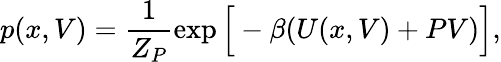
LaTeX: p(x,V)=\frac{1}{Z_{P}}\exp\Big[-\beta(U(x,V)+PV)\Big],